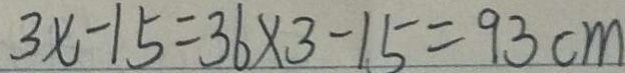
3 x - 1 5 = 3 6 \times 3 - 1 5 = 9 3 c m